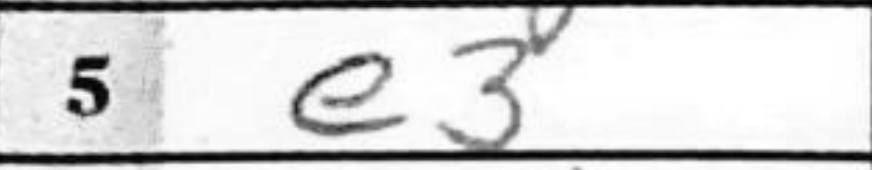
Transcription: e3